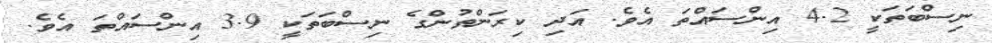
ނިސްބަތަކީ 4.2 އިންސައްތަ އެވެ. އަދި ކިރަންތުންގެ ނިސްބަތަކީ 3.9 އިންސައްތަ އެވެ.